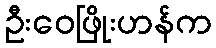
ဦးဝေဖြိုးဟန်က